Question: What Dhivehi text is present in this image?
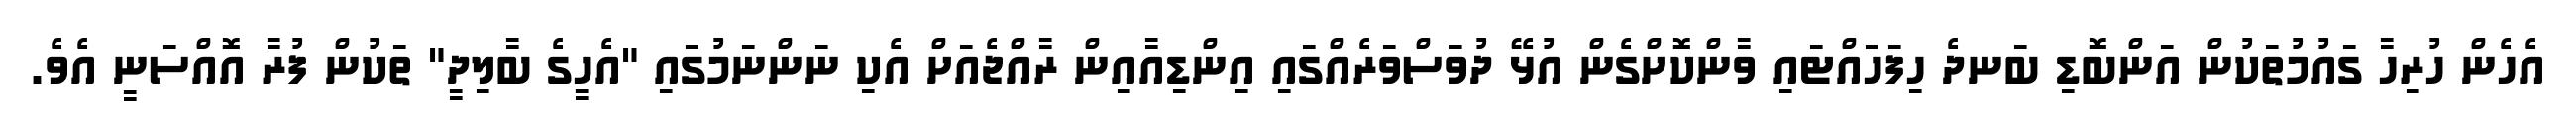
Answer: އެހެން ހުރިހާ ގައުމުތަކުން އަންބޮޑި ބަނދެ ހިފަހައްޓައި ވާންކޮށްގެން އުޅޭ ދުވަސްވަރެއްގައި އިންޑިއާއިން ރާއްޖެއަށް އެކި ނަންނަމުގައި "އެހީގެ ބާލިދީ" ތަކުން ފުރާ އޮއްސަނީ އެވެ.